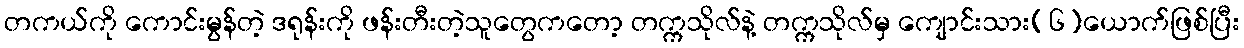
တကယ်ကို ကောင်းမွန်တဲ့ ဒရုန်းကို ဖန်းတီးတဲ့သူတွေကတော့ တက္ကသိုလ်နဲ့ တက္ကသိုလ်မှ ကျောင်းသား(၆)ယောက်ဖြစ်ပြီး